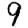
Digit: 9